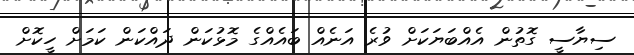
ސިޔާސީ ގޮތުން އެއްބަޔަކަށް ވުރެ އަނެއް ބައެއްގެ މޮޅުކަން ދައްކަން ކަމަށް ހީކޮށް